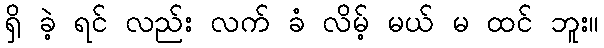
ရှိ ခဲ့ ရင် လည်း လက် ခံ လိမ့် မယ် မ ထင် ဘူး။